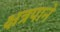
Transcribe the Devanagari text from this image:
क्षत्रपाने